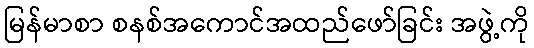
မြန်မာစာ စနစ်အကောင်အထည်ဖော်ခြင်း အဖွဲ့ကို